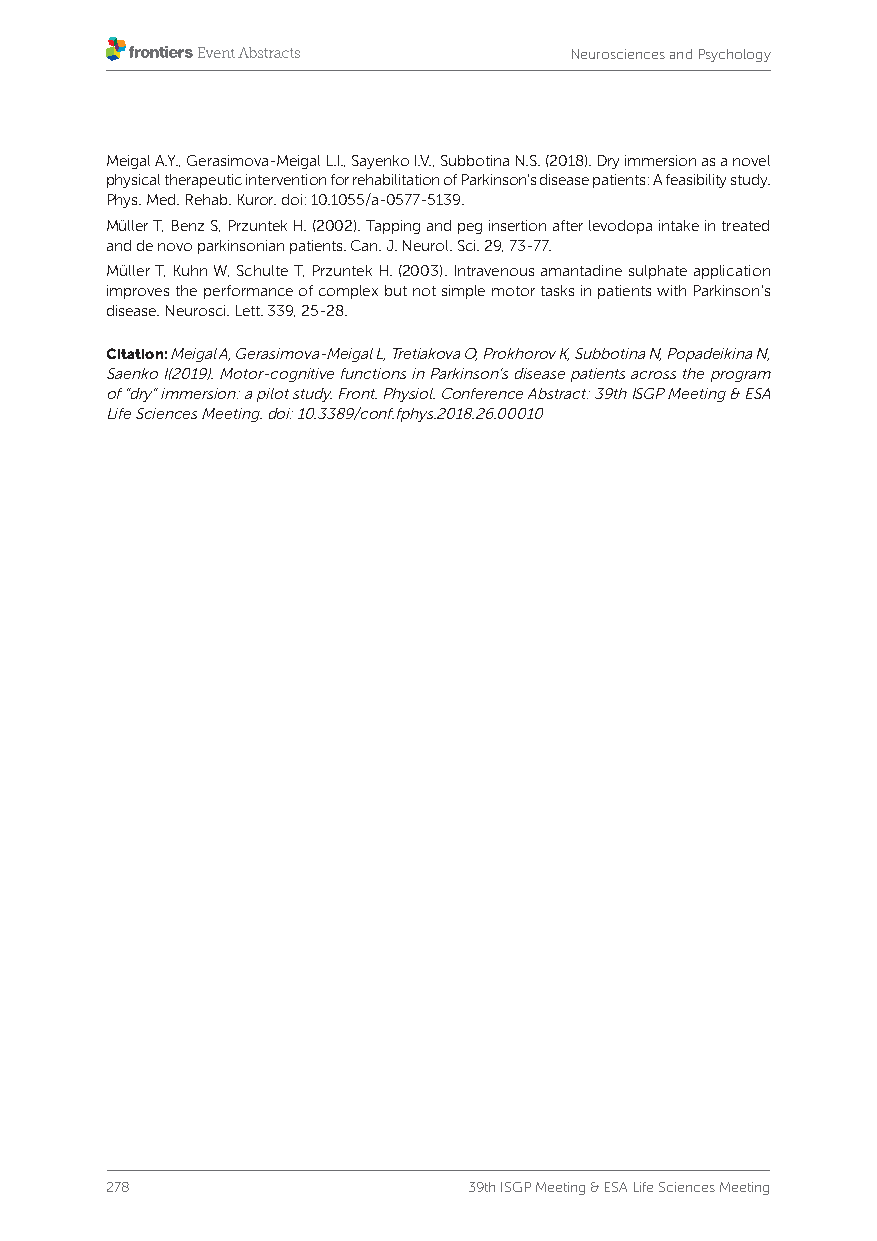
Neurosciences and Psychology
 Meigal A.Y., Gerasimova-Meigal L.I., Sayenko I.V., Subbotina N.S. (2018). Dry immersion as a novel
 physical therapeutic intervention for rehabilitation of Parkinson’s disease patients: A feasibility study.
 Phys. Med. Rehab. Kuror. doi: 10.1055/a-0577-5139.
 Müller T, Benz S, Przuntek H. (2002). Tapping and peg insertion after levodopa intake in treated
 and de novo parkinsonian patients. Can. J. Neurol. Sci. 29, 73-77.
 Müller T, Kuhn W, Schulte T, Przuntek H. (2003). Intravenous amantadine sulphate application
 improves the performance of complex but not simple motor tasks in patients with Parkinson’s
 disease. Neurosci. Lett. 339, 25-28.
 Citation: Meigal A, Gerasimova-Meigal L, Tretiakova O, Prokhorov K, Subbotina N, Popadeikina N,
 Saenko I(2019). Motor-cognitive functions in Parkinson’s disease patients across the program
 of "dry" immersion: a pilot study. Front. Physiol. Conference Abstract: 39th ISGP Meeting & ESA
 Life Sciences Meeting. doi: 10.3389/conf.fphys.2018.26.00010
 278                     39th ISGP Meeting & ESA Life Sciences Meeting